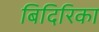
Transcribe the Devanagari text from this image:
बिदिरिका